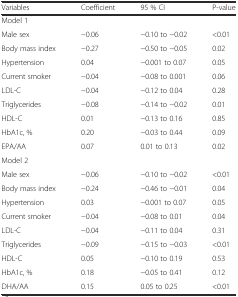
<table><thead><tr><td><b>Variables</b></td><td><b>Coefficient</b></td><td><b>95 % CI</b></td><td><b>P-value</b></td></tr></thead><tbody><tr><td>Model 1</td><td></td><td></td><td></td></tr><tr><td>Male sex</td><td>−0.06</td><td>−0.10 to −0.02</td><td>&lt;0.01</td></tr><tr><td>Body mass index</td><td>−0.27</td><td>−0.50 to −0.05</td><td>0.02</td></tr><tr><td>Hypertension</td><td>0.04</td><td>−0.001 to 0.07</td><td>0.05</td></tr><tr><td>Current smoker</td><td>−0.04</td><td>−0.08 to 0.001</td><td>0.06</td></tr><tr><td>LDL-C</td><td>−0.04</td><td>−0.12 to 0.04</td><td>0.28</td></tr><tr><td>Triglycerides</td><td>−0.08</td><td>−0.14 to −0.02</td><td>0.01</td></tr><tr><td>HDL-C</td><td>0.01</td><td>−0.13 to 0.16</td><td>0.85</td></tr><tr><td>HbA1c, %</td><td>0.20</td><td>−0.03 to 0.44</td><td>0.09</td></tr><tr><td>EPA/AA</td><td>0.07</td><td>0.01 to 0.13</td><td>0.02</td></tr><tr><td>Model 2</td><td></td><td></td><td></td></tr><tr><td>Male sex</td><td>−0.06</td><td>−0.10 to −0.02</td><td>&lt;0.01</td></tr><tr><td>Body mass index</td><td>−0.24</td><td>−0.46 to −0.01</td><td>0.04</td></tr><tr><td>Hypertension</td><td>0.03</td><td>−0.001 to 0.07</td><td>0.05</td></tr><tr><td>Current smoker</td><td>−0.04</td><td>−0.08 to 0.01</td><td>0.04</td></tr><tr><td>LDL-C</td><td>−0.04</td><td>−0.11 to 0.04</td><td>0.31</td></tr><tr><td>Triglycerides</td><td>−0.09</td><td>−0.15 to −0.03</td><td>&lt;0.01</td></tr><tr><td>HDL-C</td><td>0.05</td><td>−0.10 to 0.19</td><td>0.53</td></tr><tr><td>HbA1c, %</td><td>0.18</td><td>−0.05 to 0.41</td><td>0.12</td></tr><tr><td>DHA/AA</td><td>0.15</td><td>0.05 to 0.25</td><td>&lt;0.01</td></tr></tbody></table>